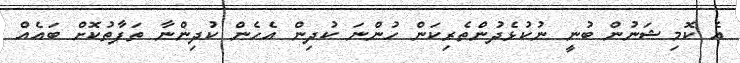
އެ ކޮމިޝަނުން ބުނީ ނުކުޅެދުންތެރިކަން ހުންނަ ކުދިން އެހެން ކުދިންނާ ތަފާތުކޮށް ބައެއް